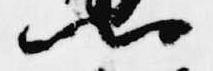
卿